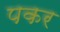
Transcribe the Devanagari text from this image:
पकर